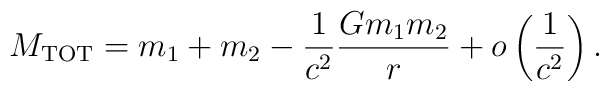
M_{\rm TOT} = m_1 + m_2 - \frac{1}{c^2} \frac{G m_1 m_2}{r} +  o\left(\frac{1}{c^2}\right).